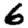
Digit: 6